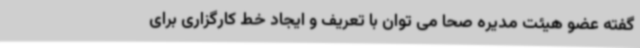
گفته عضو هیئت مدیره صحا می توان با تعریف و ایجاد خط کارگزاری برای